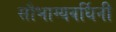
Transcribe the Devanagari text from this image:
सौभाग्यवर्धिनी